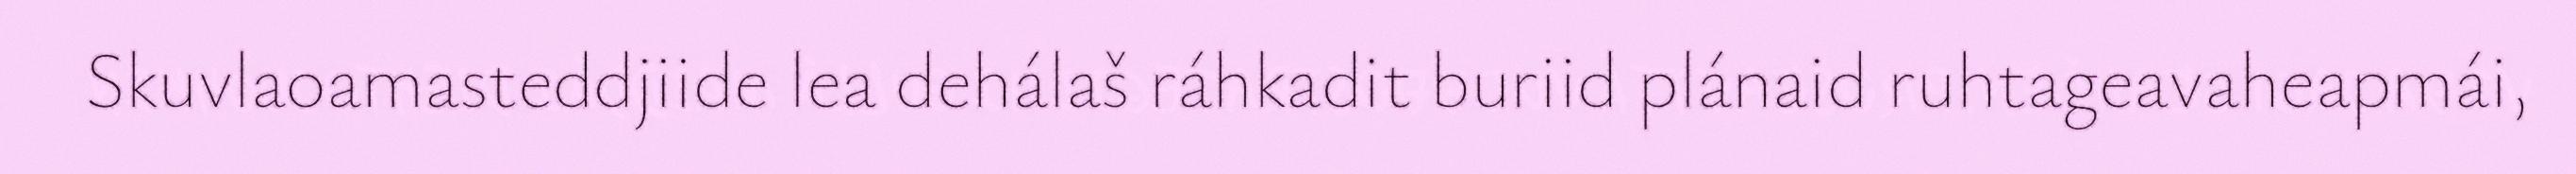
Skuvlaoamasteddjiide lea dehálaš ráhkadit buriid plánaid ruhtageavaheapmái,